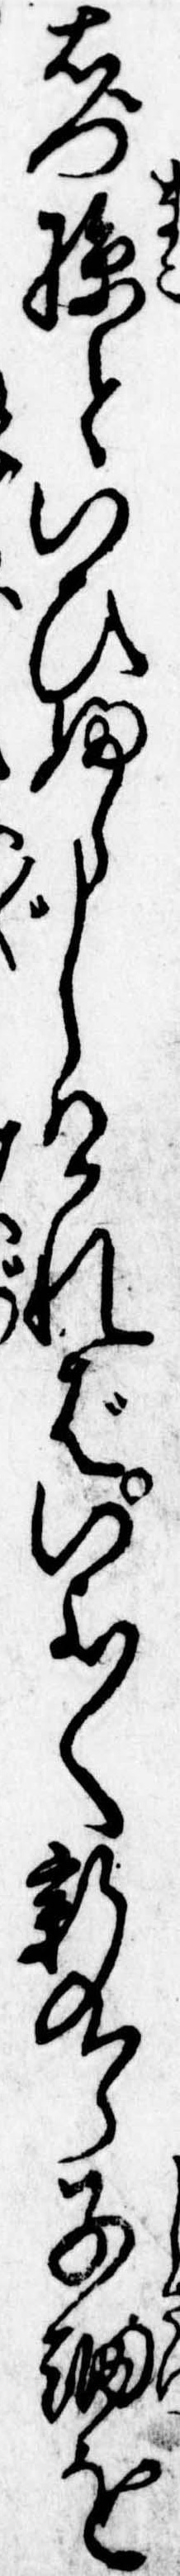
右門孫といひふらしければいよ〱新九郎子細を